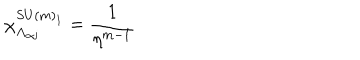
\chi _ { \mathbf { \Lambda } _ { \alpha j } } ^ { S U ( m ) _ { 1 } } = \frac { 1 } { \eta ^ { m - 1 } }